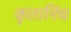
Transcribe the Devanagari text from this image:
कृतानिच